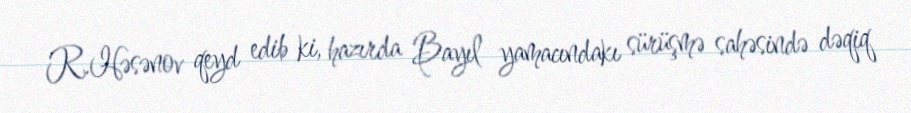
R.Həsənov qeyd edib ki, hazırda Bayıl yamacındakı sürüşmə sahəsində dəqiq